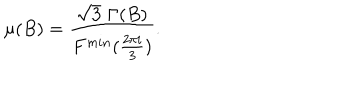
\mu ( B ) = \frac { \sqrt { 3 } \, \, \Gamma ( B ) } { F ^ { m i n } ( \frac { 2 \pi i } { 3 } ) } .